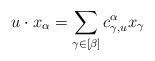
LaTeX: \begin{align*}u\cdot x_{\alpha}=\sum_{\gamma\in[\beta]}c_{\gamma,u}^{\alpha}x_{\gamma}\end{align*}